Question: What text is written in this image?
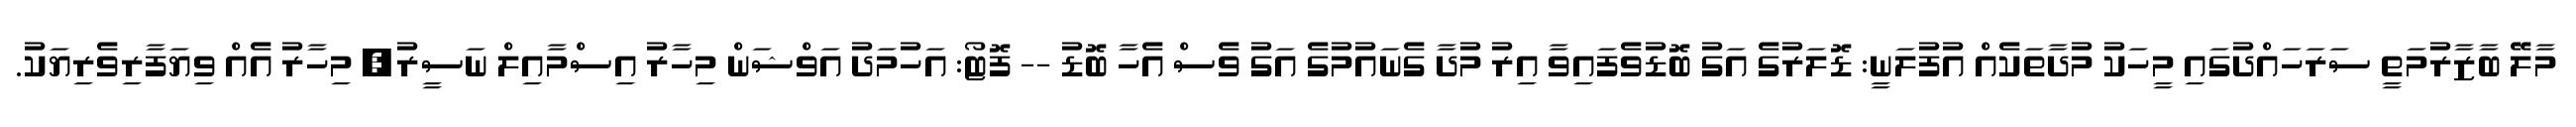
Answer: މާލޭ ބާޒާރުމަތީ ސަރަހައްދުގައި މީހަކު މުދާތަކެއް އުފުލަނީ: ޑޮލަރުގެ އަގު ބޮޑުވެފައިވާ އިރު މުދާ ގެނައުމުގެ އަގު ވެސް އެހާ ބޮޑު -- ފޮޓޯ: އަހުމަދު އަވްޝަން މިހާރު އިސްމާއިލް ނަސީރު, މިހާރު އެއް ވިޔަފާރިވެރިޔަކު.